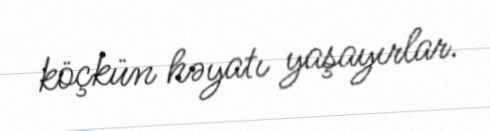
köçkün həyatı yaşayırlar.